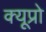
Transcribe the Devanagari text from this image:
क्यूप्रो